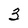
Character: 3